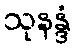
သုနန္ဒံ